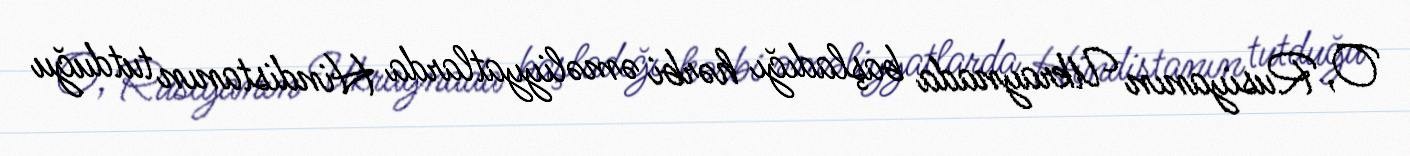
O, Rusiyanın Ukraynada başladığı hərbi əməliyyatlarda Hindistanın tutduğu